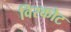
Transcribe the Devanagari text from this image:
विरकोट